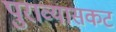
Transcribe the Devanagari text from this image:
पुराव्यासकट